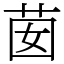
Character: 𦮗